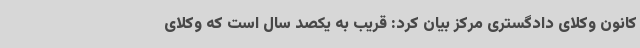
کانون وکلای دادگستری مرکز بیان کرد: قریب به یکصد سال است که وکلای